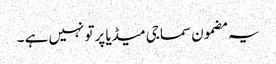
یہ مضمون سماجی میڈیا پرتو نہیں ہے ۔